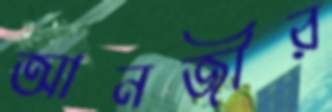
আনজীর